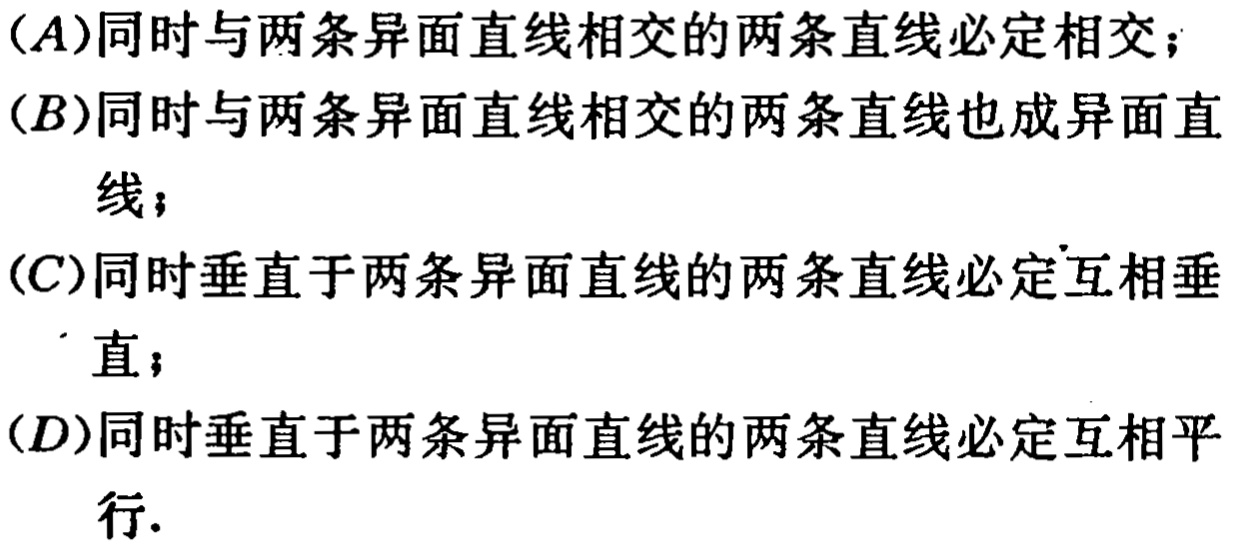
(A)同时与两条异面直线相交的两条直线必定相交；

(B)同时与两条异面直线相交的两条直线也成异面直

线；

(C)同时垂直于两条异面直线的两条直线必定互相垂

直；

(D)同时垂直于两条异面直线的两条直线必定互相平

行.